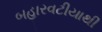
બહારવટીયાથી